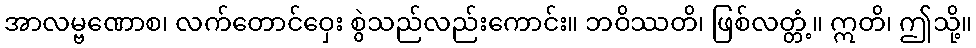
အာလမ္ဗဏောစ၊ လက်တောင်ဝှေး စွဲသည်လည်းကောင်း။ ဘဝိဿတိ၊ ဖြစ်လတ္တံ့။ ဣတိ၊ ဤသို့။